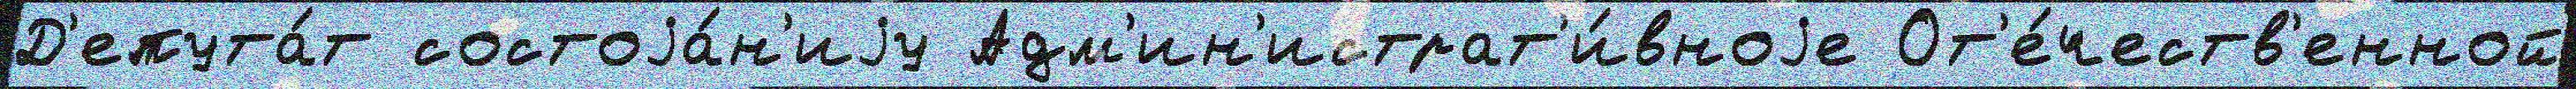
Д'епута́т состоjа́н'иjу Адм'ин'истрат'и́вноjе От'е́честв'енной